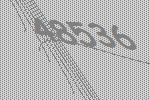
48536